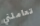
تعاملني